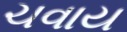
ચવાય